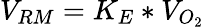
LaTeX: V_{RM}=K_{E}*V_{O_{2}}